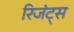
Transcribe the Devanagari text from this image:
रिजंट्स